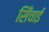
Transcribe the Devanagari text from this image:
सिँचाई